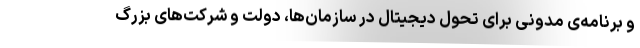
و برنامه‌ی مدونی برای تحول دیجیتال در سازمان‌ها، دولت و شرکت‌های بزرگ